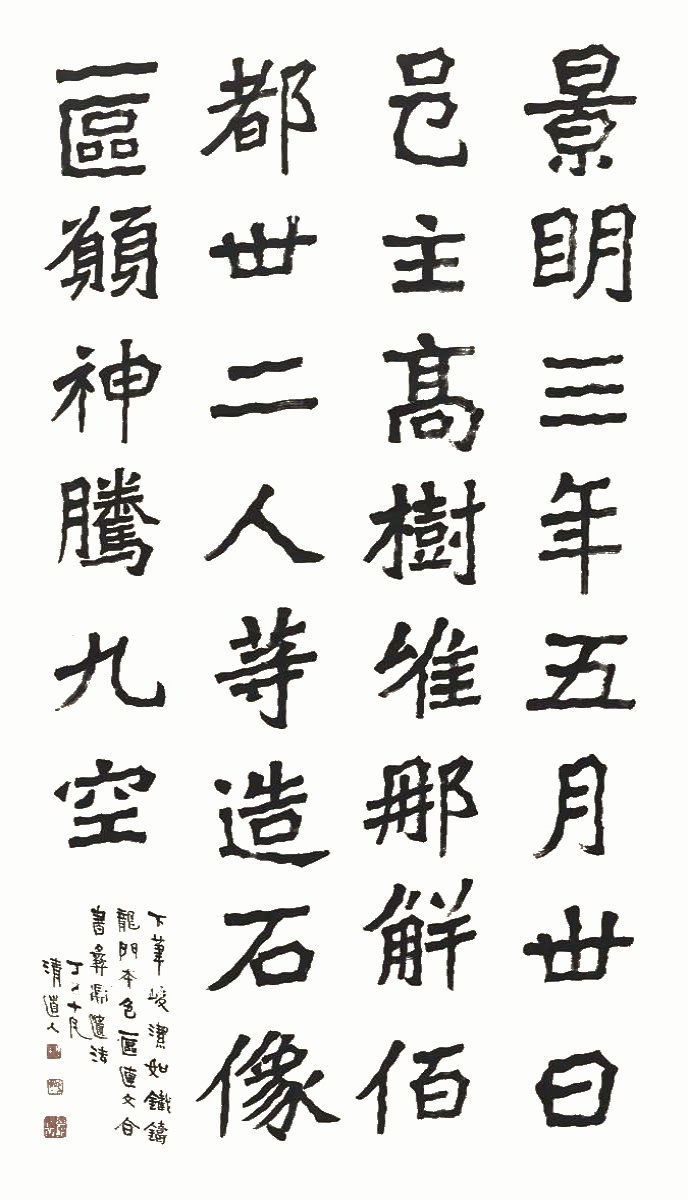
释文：景明三年五月卅日，邑主高树、唯那解伯都卅二人等造石像一区，愿神腾九空。下笔峻洁如铁铸。龙门本色，一区连文，合书彝鼎遗法。丁巳十月，清道人。